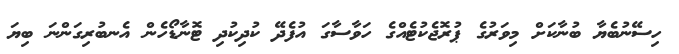
ހިސޭނުބެޔާ ބުނާކަށް މިވަރުގެ ޕުރޮޖެކުޓެއްގެ ހަވާސާގަ އުފެދޭ ކުދިކުދި ޓޮނާޑޯހެން އެނބުރިގަންނަ ބިޔަ